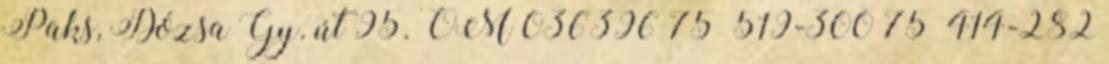
Paks, Dózsa Gy. út 95. OM 036396 75 519-300 75 414-282